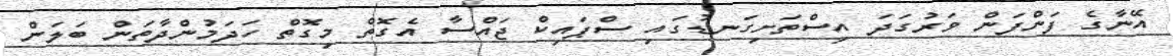
އޭނާގެ ފަންފަން ވަރުގަދަ އިސްތަށިގަނޑުގައި ސްޕައިކް ޖައްސާ އެގޮތް މިގޮތް ހަދަމުންދާތަން ބަލަން